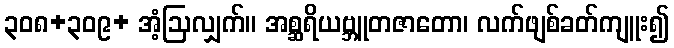
၃၀၈+၃၀၉+ အံ့ဩလျှက်။ အစ္ဆရိယဗ္ဘူတဇာတော၊ လက်ဖျစ်ခတ်ကျူး၍